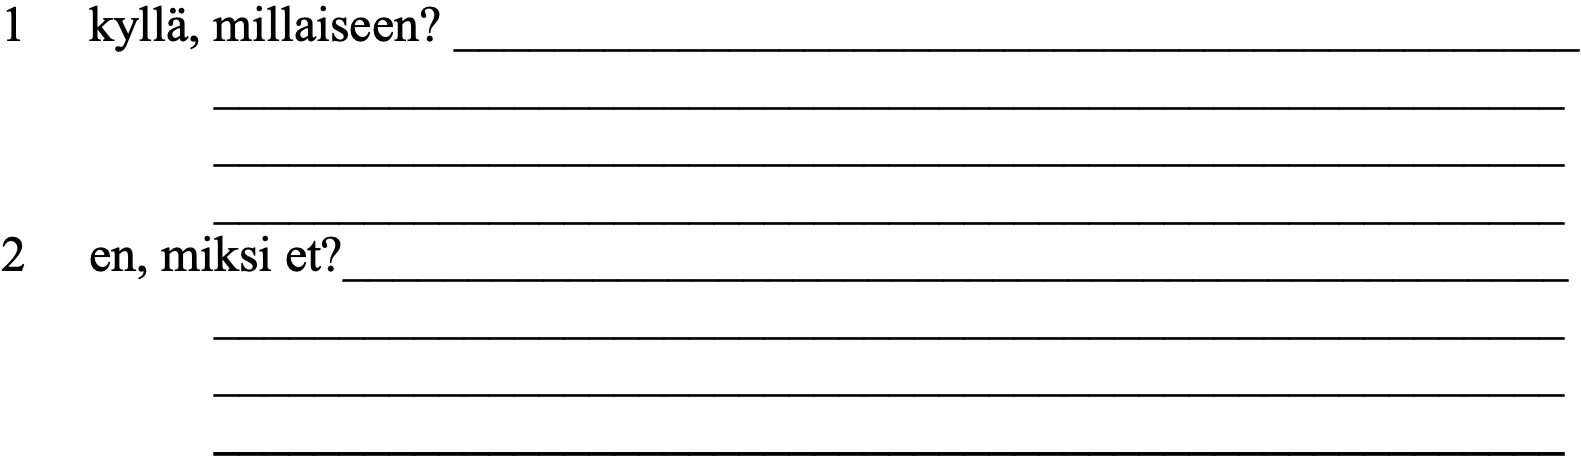
1  kyllä, millaiseen? _____________________________________________ ______________________________________________________ ______________________________________________________ ______________________________________________________ 2  en, miksi et?_________________________________________________ ______________________________________________________ ______________________________________________________ ______________________________________________________